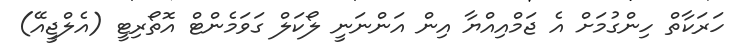
ހަރަކާތް ހިންގުމަށް އެ ޖަމްއިއްޔާ އިން އަންނަނީ ލޯކަލް ގަވަމެންޓް އޮޮތޯރިޓީ (އެލްޖީއޭ)